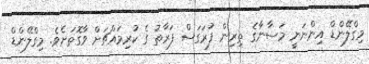
މިގްލޭންޑް އިންނަނީ މަސާނާގެ ތިރިން ފުރަގަސް ފަރާތު ގެ ކުރިމައްޗަށް ވާގޮތަށެވެ. މިގްލޭންޑް